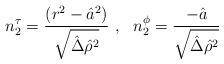
LaTeX: \begin{align*}n_2^\tau={(r^2-\hat{a}^2)\over \sqrt{\hat{\Delta} \hat{\rho}^2}}~,~~n_2^\phi={-\hat{a}\over \sqrt{\hat{\Delta} \hat{\rho}^2}}\end{align*}